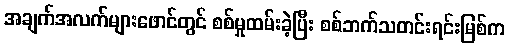
အချက်အလက်များဖောင်တွင် စစ်မှုထမ်းခဲ့ပြီး စစ်ဘက်သတင်းရင်းမြစ်က